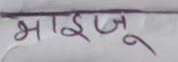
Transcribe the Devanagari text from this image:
भाइजू